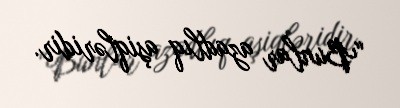
“Bunlar azadlıq aşiqləridir.